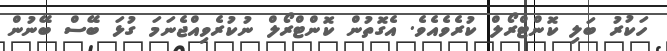
ހަކުރު ބަލި ކޮންޓްރޯލް ކުރެވެއެވެ. އެގޮތުން ކޮންޓްރޯލް ނުކުރެވިއްޖެނަމަ ގުޅަ ބޭސް ބޭނުން